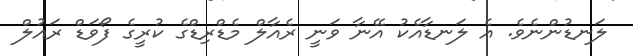
ލަނޑުންނެވެ. އެ ލަނޑާއެކު އޭނާ ވަނީ ރެއާލް މެޑްރިޑްގެ ކުރީގެ ފޯވަޑް ރައުލް